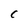
Character: C